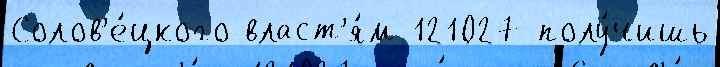
Солов'е́цкого власт'я́м 121027 полу́чишь